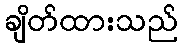
ချိတ်ထားသည်